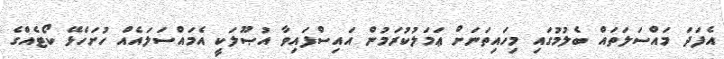
އެފަދަ މައްސަލަތައް ބެލުމުގައި މިހައިތަނަށް ޢަމަލުކުރަމުން އައިސްފައިވާ އުޞޫލަކީ އެމައްސަލައެއް ހުށަހެޅޭ ކޯޓެއްގެ